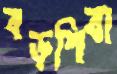
বড়শিবা